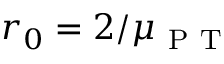
r _ { 0 } = 2 / \mu _ { \mathrm { ~ P ~ T ~ } }